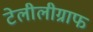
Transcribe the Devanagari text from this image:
टेलीलीग्राफ